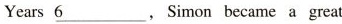
Years \underline{6},Simon became a great